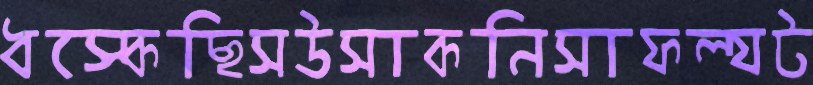
ধস্‌কেছিসউসাকনিসাফল্যট